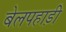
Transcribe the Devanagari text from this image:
बेलपहाड़ी